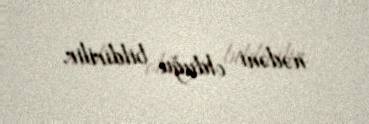
nədəni olduğu bildirilir.